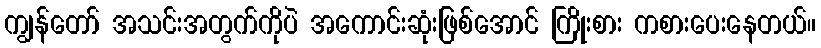
ကျွန်တော် အသင်းအတွက်ကိုပဲ အကောင်းဆုံးဖြစ်အောင် ကြိုးစား ကစားပေးနေတယ်။